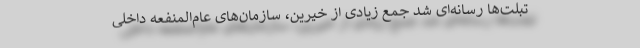
تبلت‌ها رسانه‌ای شد جمع زیادی از خیرین، سازمان‌های عام‌المنفعه داخلی